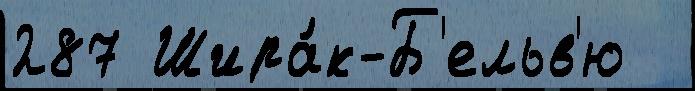
287 Шира́к-Б'ельв'ю